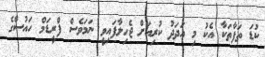
ކުޑަ ތަފާތަކާ އެކު މި އަދަދު ކުރިއަށް ޖެހިލާފައިވީ ނަމަވެސް ފްރީޑަމް ހައުސްގެ